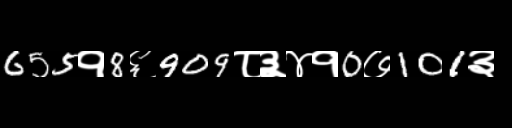
Text: 655१8६909८३४१0७101३